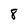
Character: 8